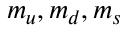
m _ { u } , m _ { d } , m _ { s }